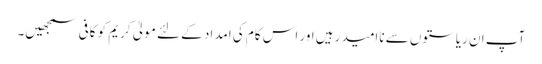
آپ ان ریاستوں سے ناامید رہیں اور اس کام کی امداد کے لئے مولیٰ کریم کو کافی سمجھیں۔